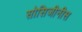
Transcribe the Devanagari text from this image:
सोसिजीनीस